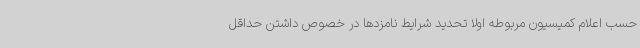
حسب اعلام کمیسیون مربوطه اولا تحدید شرایط نامزدها در خصوص داشتن حداقل